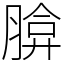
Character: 𦝡